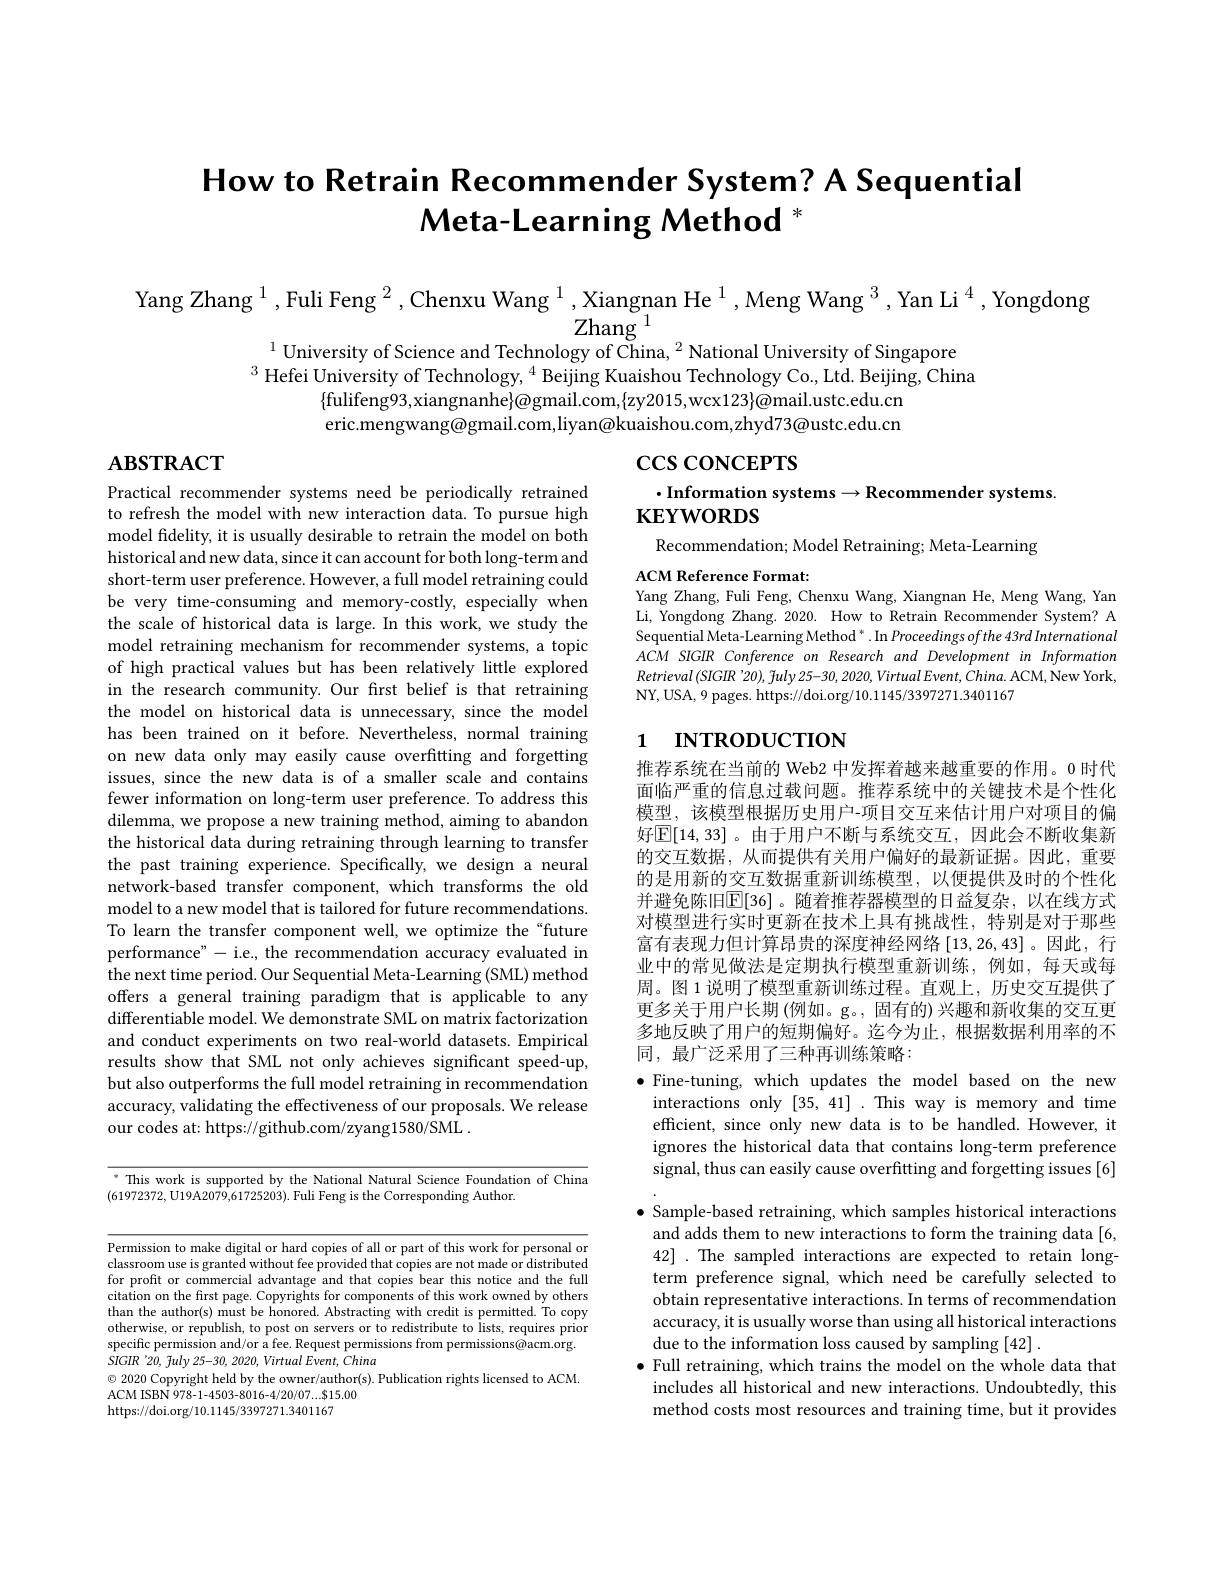
# How to Retrain Recommender System? A Sequential $\textbf{Meta-Learning Method }^*$

Yang Zhang $^{1}$,Fuli Feng $^2\text{,ChenxuWang}^{1}\text{,XiangnanHe}^{1}$,Meng Wang $^3$,Yan Li$^4$,Yongdong

$^{1}$University of Science and Technology of China, $^2$National University of Singapore $^{3}$ Hefei University of Technology, $^{4}$ Beijing Kuaishou Technology Co, Ltd. Beijing, China
$\{$fulifeng93,xiangnanhe$\}@$gmail.com$,\{$zy2015,wcx123$\}$@mail.ustc.edu.cn eric.mengwang@gmail.com,liyan@kuaishou.com,zhyd73@ustc.edu.cn

$\csc\cos$coNCEPTS

$\mathbf{ABSTRACT}$

# $\cdot$Information systems$\to$Recommender systems $\mathbf{KEYWORDS}$

Recommendation; Model Retraining; Meta-Learning

ACM Reference Format:
Yang Zhang, Fuli Feng, Chenxu Wang, Xiangnan He, Meng Wang, Yan Li, Yongdong Zhang. 2020. How to Retrain Recommender System? A Sequential Meta-Learning Method * . In Proceedings of the 43rd International ACM SIGIR Conference on Research and Development in Information $Retrieval\left(SIGIR'20\right),\tilde{f}uly25-30,2020,VirtualEvent,China.$ ACM, New York, NY, USA, 9 pages. https://doi.org/10.1145/3397271.3401167

## 1 INTRODUCTION

Practical recommender systems need be periodically retrained to refresh the model with new interaction data. To pursue high model fidelity, it is usually desirable to retrain the model on both historical and new data, since it can account for both long-term and short-term user preference. However, a full model retraining could be very time-consuming and memory-costly, especially when the scale of historical data is large. In this work, we study the model retraining mechanism for recommender systems, a topic of high practical values but has been relatively little explored in the research community. Our frst belief is that retraining the model on historical data is unnecessary, since the model has been trained on it before. Nevertheless, normal training on new data only may easily cause overfitting and forgetting issues, since the new data is of a smaller scale and contains fewer information on long-term user preference. To address this dilemma, we propose a new training method, aiming to abandon the historical data during retraining through learning to transfer the past training experience. Specifically, we design a neural network-based transfer component, which transforms the old model to a new model that is tailored for future recommendations. To learn the transfer component well, we optimize the“future performance" - i.e., the recommendation accuracy evaluated in the next time period. Our Sequential Meta-Learning (SML) method offers a general training paradigm that is applicable to any differentiable model. We demonstrate SML on matrix factorization and conduct experiments on two real-world datasets. Empirical results show that SML not only achieves significant speed-up, but also outperforms the full model retraining in recommendation accuracy, validating the effectiveness of our proposals. We release our codes at: https://github.com/zyang1580/SML.

推荐系统在当前的 Web2 中发挥着越来越重要的作用。0 时代面临严重的信息过载问题。推荐系统中的关键技术是个性化模型，该模型根据历史用户-项目交互来估计用户对项目的偏好$\overline{\mathrm{E}}[14,33]$。由于用户不断与系统交互，因此会不断收集新的交互数据，从而提供有关用户偏好的最新证据。因此，重要的是用新的交互数据重新训练模型，以便提供及时的个性化并避免陈旧$\mathbb{E}[36]$ 。随着推荐器模型的日益复杂，以在线方式对模型进行实时更新在技术上具有挑战性，特别是对于那些富有表现力但计算昂贵的深度神经网络[13,26,43]。因此，行业中的常见做法是定期执行模型重新训练，例如，每天或每周。图 1 说明了模型重新训练过程。直观上，历史交互提供了更多关于用户长期 (例如。g。, 固有的) 兴趣和新收集的交互更多地反映了用户的短期偏好。迄今为止，根据数据利用率的不同，最广泛采用了三种再训练策略：

$\bullet$ Fine-tuning, which updates the model based on the new
interactions only [35,41]. This way is memory and time efficient, since only new data is to be handled. However, it ignores the historical data that contains long-term preference signal, thus can easily cause overfitting and forgetting issues [6]
$\bullet$ Sample-based retraining, which samples historical interactions
and adds them to new interactions to form the training data [6, 42] .The sampled interactions are expected to retain longterm preference signal, which need be carefully selected to obtain representative interactions. In terms of recommendation accuracy, it is usually worse than using all historical interactions due to the information loss caused by sampling [42] .
$\bullet$ Full retraining, which trains the model on the whole data that includes all historical and new interactions. Undoubtedly, this method costs most resources and training time, but it provides

$\overline{^{*}\text{ This work is supported by the National Natural Science Foundation of China}}$

Permission to make digital or hard copies of all or part of this work for personal or classroom use is granted without fee provided that copies are not made or distributed for proft or commercial advantage and that copies bear this notice and the full citation on the frst page. Copyrights for components of this work owned by others than the author(s) must be honored. Abstracting with credit is permitted. To copy otherwise, or republish, to post on servers or to redistribute to lists, requires prior specific permission and/or a fee. Request permissions from permissions@acm.org. $SIGIR$ '20, fuly 25-30, 2020, Virtual Event, China
$\odot$ 2020 Copyright held by the owner/author(s). Publication rights licensed to ACM.
ACM ISBN 978- 1- 4503- 8016- 4/ 20/ 07. . . $\$$15. 00
https://doi.org/10.1145/3397271.3401167